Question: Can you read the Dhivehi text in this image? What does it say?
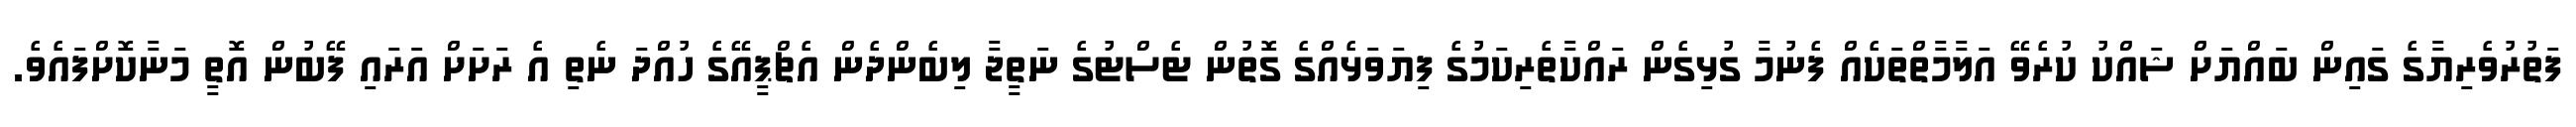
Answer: ފަތުރުވެރިޔާގެ ގައިން ބައްޔަށް ޝައްކު ކުރެވޭ އަލާމާތްތަކެއް ފެނުމާ ގުޅިގެން ރައްކާތެރިކަމުގެ ފިޔަވަޅެއްގެ ގޮތުން ޓެސްޓުގެ ނަތީޖާ ލިބެންދެން އެޗްޕީއޭގެ ހުއްދަ ނެތި އެ ރަށަށް އަރައި ފޭބުން އޮތީ މަނާކޮށްފައެވެ.